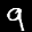
Label: 9